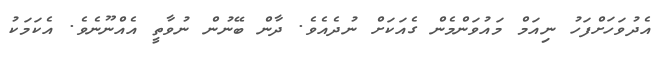
އެދުވަހަށްފަހު ނިއަމް މައުވަންމެން ގެއަކަށް ނުދެއެވެ. ދާން ބޭނުން ނުވާތީ އެއްނޫނެވެ. އެކަމަކު